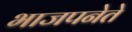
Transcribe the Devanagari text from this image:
भाजपनेते